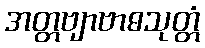
အတ္တဗျာဗာဓသုတ္တံ